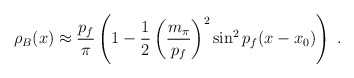
\begin{align*}\rho_B(x) \approx \frac{p_f}{\pi} \left( 1-\frac{1}{2} \left( \frac{m_{\pi}}{p_f}\right)^2 \sin^2p_f(x-x_0)\right) \ .\end{align*}